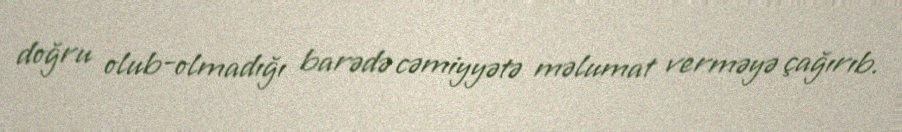
doğru olub-olmadığı barədə cəmiyyətə məlumat verməyə çağırıb.